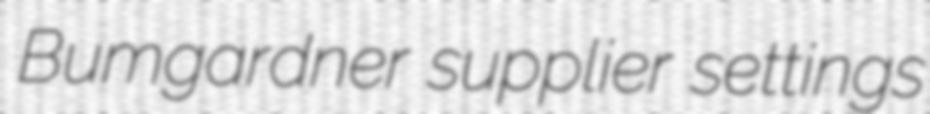
Bumgardner supplier settings